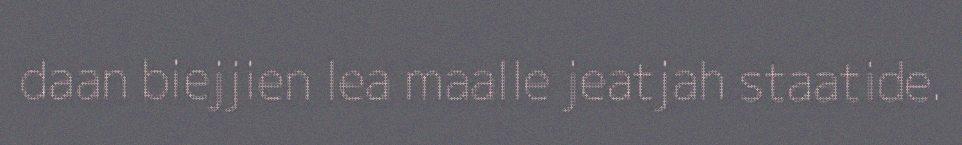
daan biejjien lea maalle jeatjah staatide.